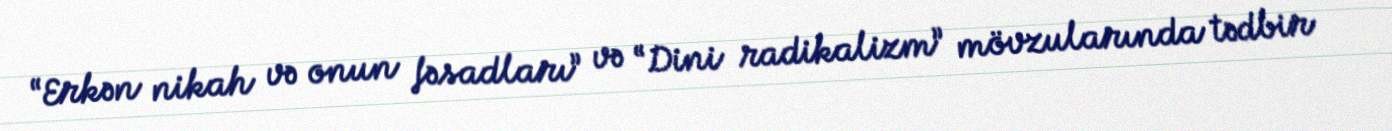
“Erkən nikah və onun fəsadları” və “Dini radikalizm” mövzularında tədbir